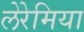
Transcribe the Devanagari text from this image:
लेरेमिया